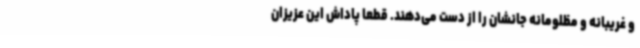
و غریبانه و مظلومانه جانشان را از دست می‌دهند. قطعاً پاداش این عزیزان